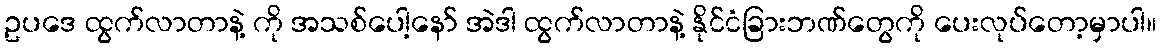
ဥပဒေ ထွက်လာတာနဲ့ ကို အသစ်ပေါ့နော် အဲဒါ ထွက်လာတာနဲ့ နိုင်ငံခြားဘဏ်တွေကို ပေးလုပ်တော့မှာပါ။